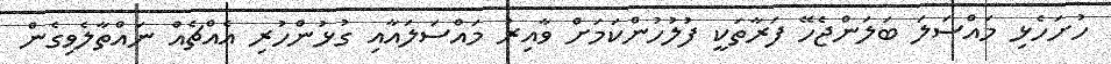
ހުށަހެޅި މައްސަލަ ބަލަންޖެހޭ ފަރާތަކީ ފުލުހުންކަމަށް ވާއިރު މައްސަލައާއި ގުޅުންހުރި އެއްޗެއް ނައްތާލެވިގެން